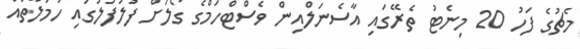
މެޗުގެ ފަހު 20 މިނެޓު ތެރޭގައި އާސެނަލްއިން ވެސްޓްހަމްގެ ގޯލަށް ފުލުފުލުގައި ހަމަލާތައް